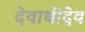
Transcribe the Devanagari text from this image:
देवाधीदेव